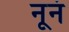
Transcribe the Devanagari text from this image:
नूनं